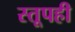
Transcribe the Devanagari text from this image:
स्तूपही